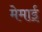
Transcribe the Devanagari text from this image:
मेमाई